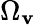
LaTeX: \Omega_{\mathbf{v}}